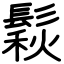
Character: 鬏